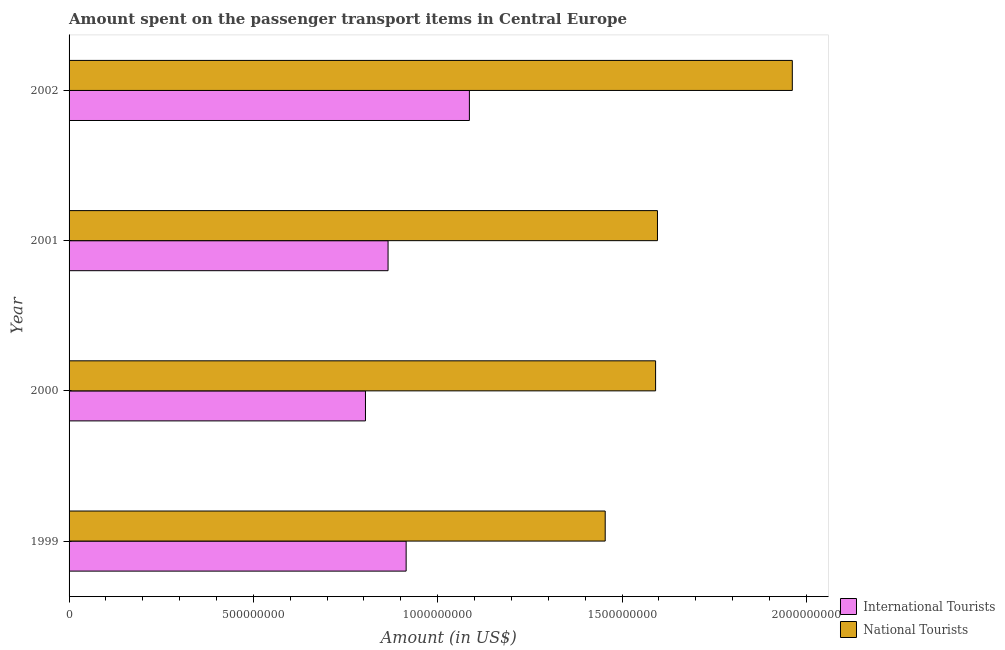
| Year | International Tourists | National Tourists |
 | --- | --- | --- |
 | 1999 | 9.14e+08 | 1.45e+09 |
 | 2000 | 8.04e+08 | 1.59e+09 |
 | 2001 | 8.65e+08 | 1.6e+09 |
 | 2002 | 1.09e+09 | 1.96e+09 |